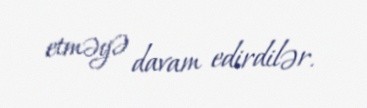
etməyə davam edirdilər.